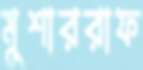
মুশাররাফ